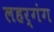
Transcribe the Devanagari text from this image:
लहर्गंग